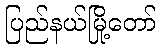
ပြည်နယ်မြို့တော်